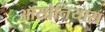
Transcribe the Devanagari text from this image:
ऑसोनियास